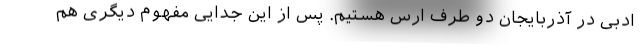
ادبی در آذربایجان دو طرف ارس هستیم. پس از این جدایی مفهوم دیگری هم